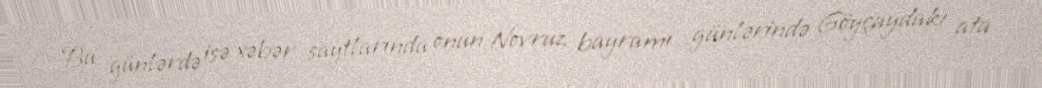
Bu günlərdə isə xəbər saytlarında onun Novruz bayramı günlərində Göyçaydakı ata